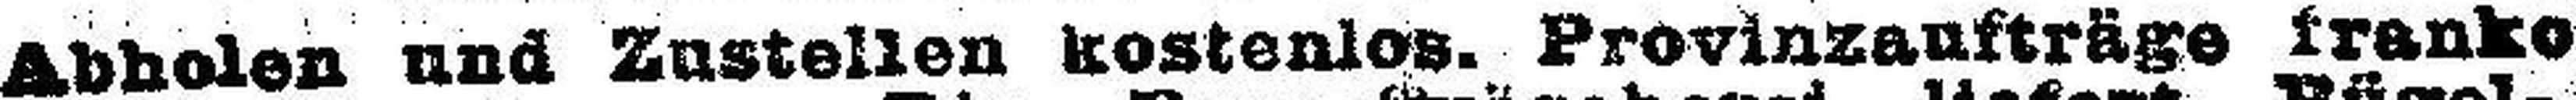
Abholen und Zustellen kostenlos. Provinzaufträge franko